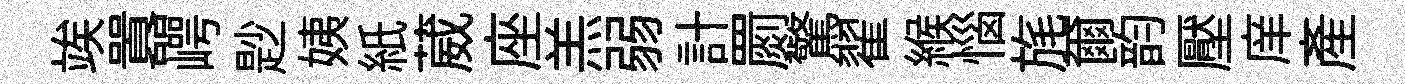
竢囂崿尟姨紙葳座羔弱計罽驚翟緱惱旄爾韵壓庠産